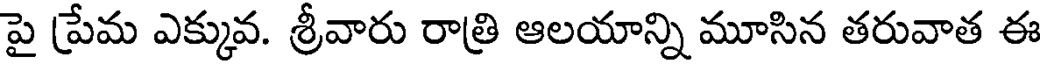
పై ప్రేమ ఎక్కువ. శ్రీవారు రాత్రి ఆలయాన్ని మూసిన తరువాత ఈ